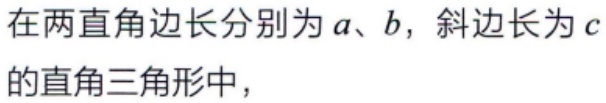
在两直角边长分别为\(a\)、\(b\)，斜边长为\(c\)的直角三角形中，